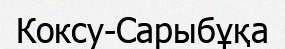
Коксу-Сарыбұқа